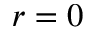
r = 0